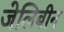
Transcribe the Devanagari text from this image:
जेलिबीन